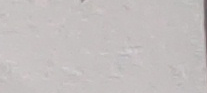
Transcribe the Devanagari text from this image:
चि